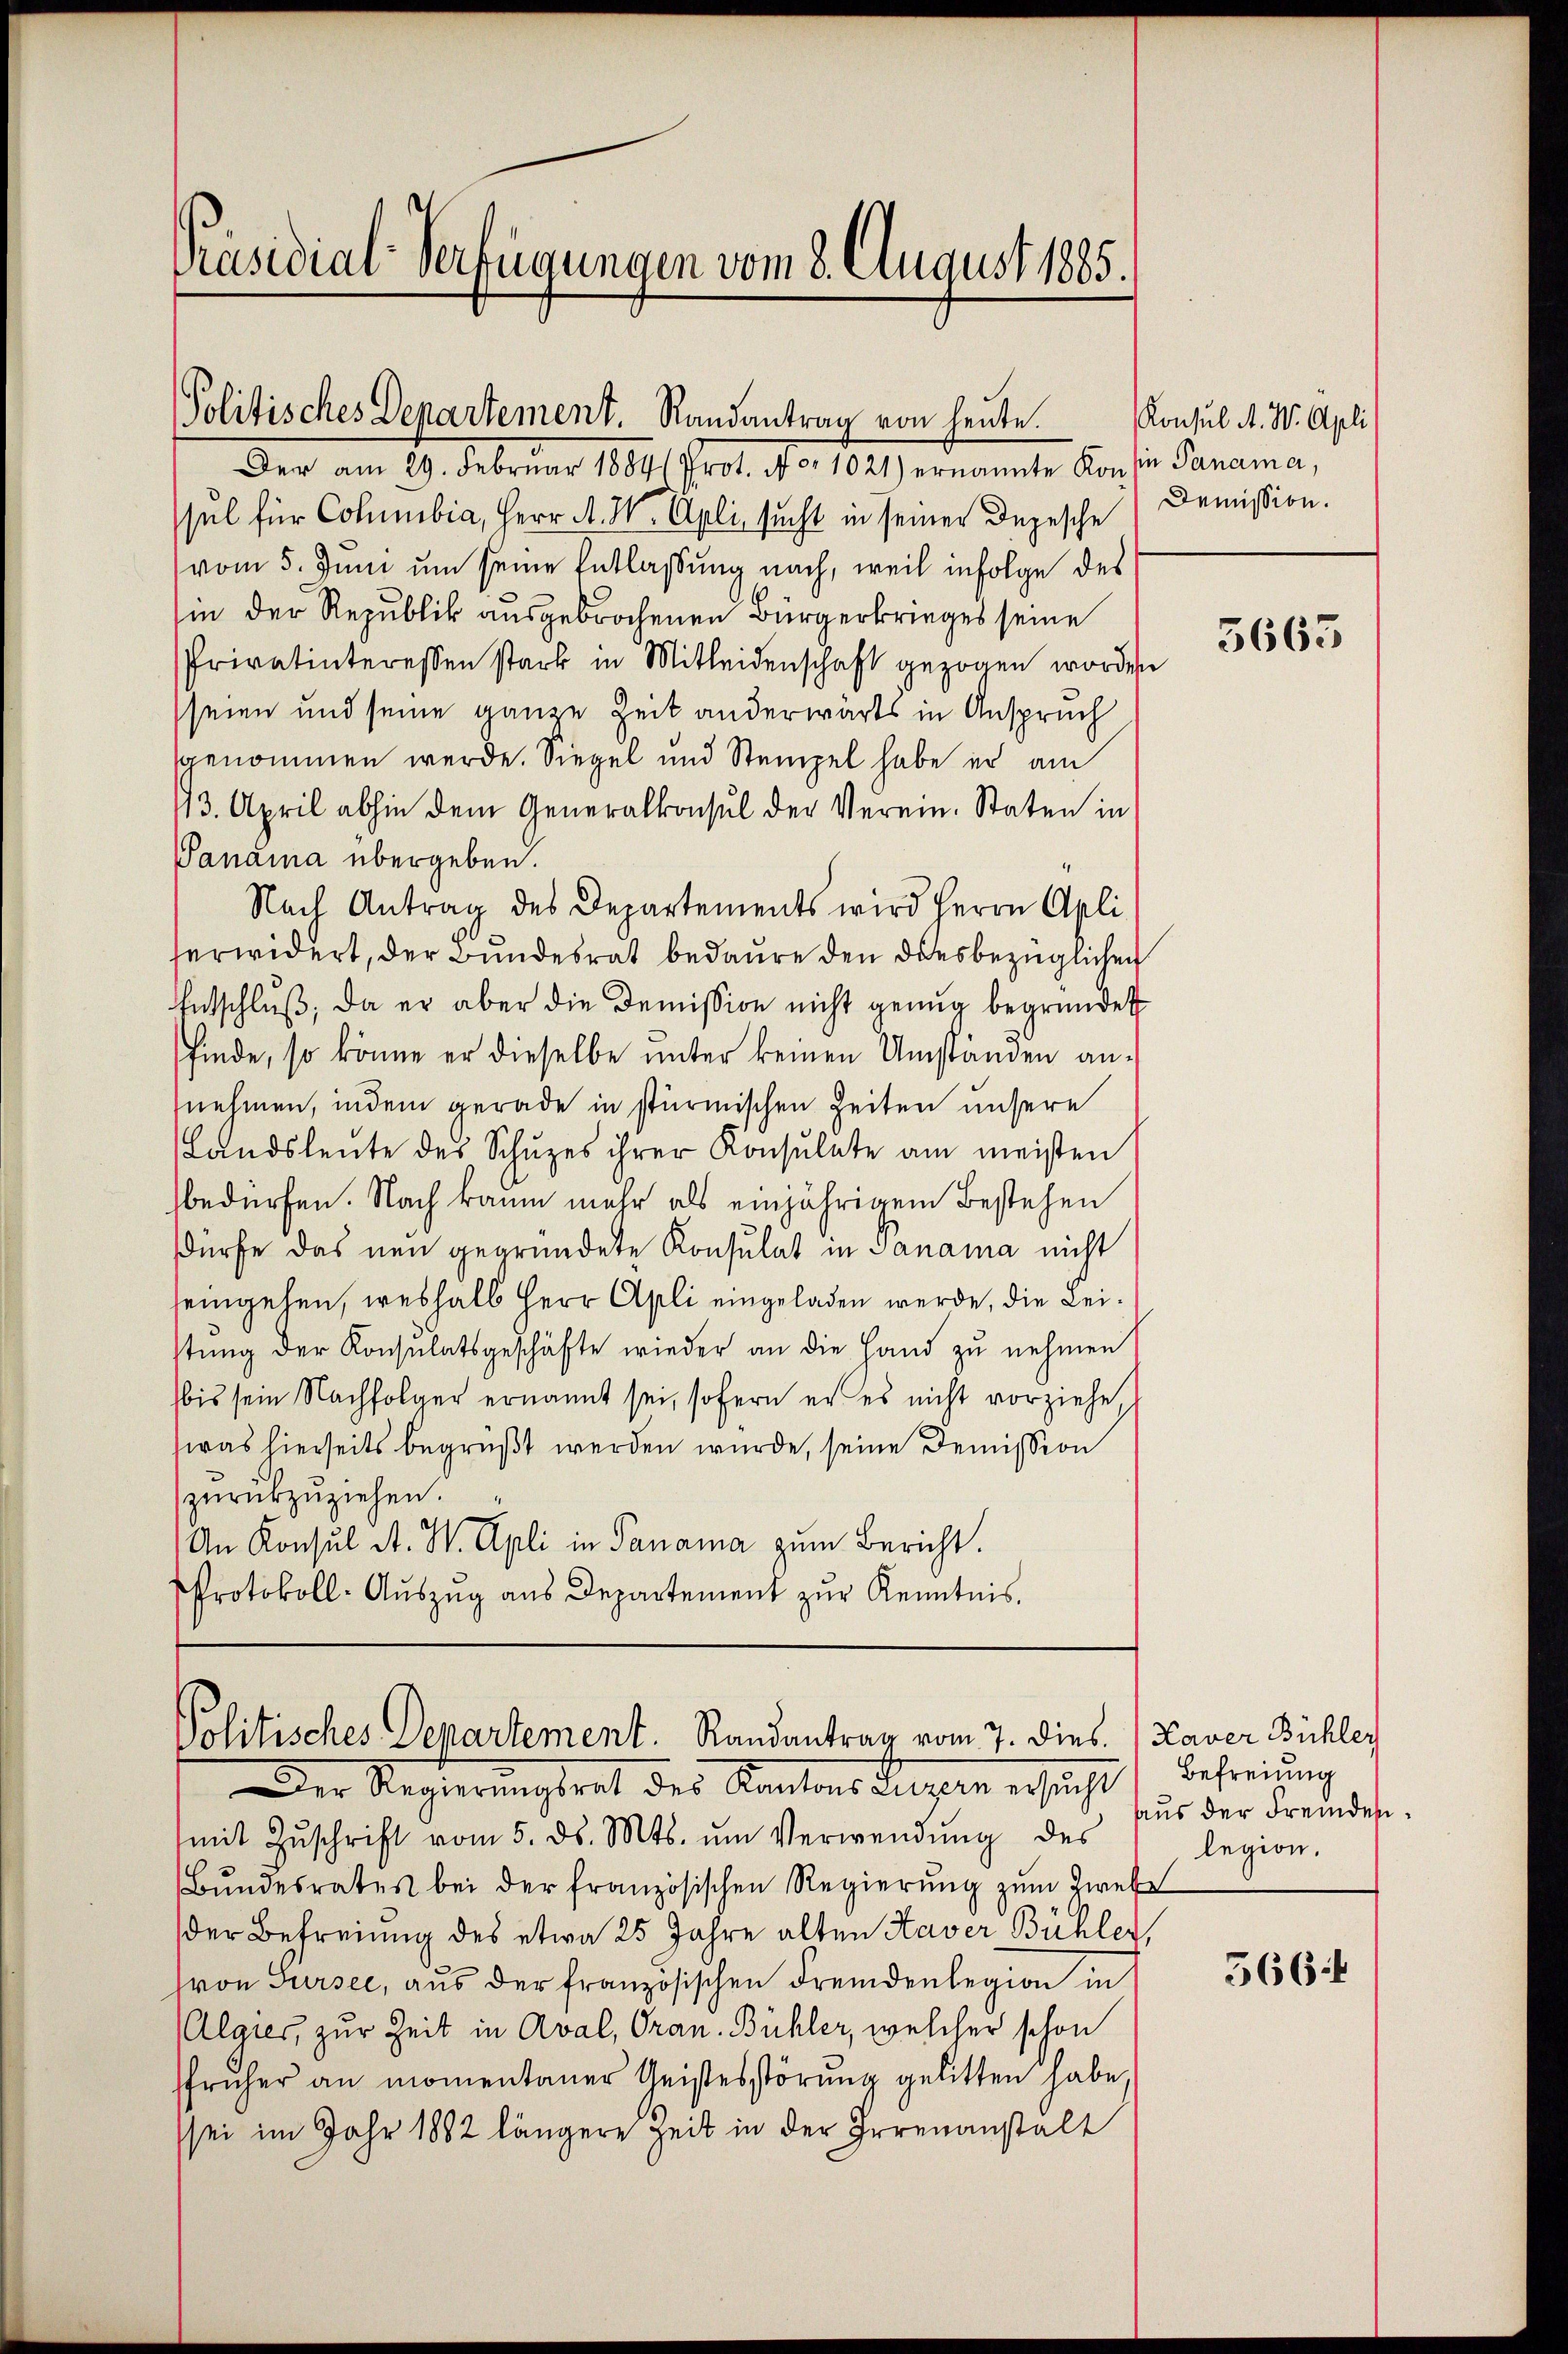
Präsidial-Verfügungen vom 8. August 1885.

Der am 29. Februar 1884 (Prot. No 1021) ernannte Konsen Panama,
sul für Columbia, Herr A. W. Apli sucht in seiner Depesche Demission.
vom 5. Juni um seine Entlaßung nach, weil infolge des
in der Republik ausgebrochenen Bürgerkrieges seine
Privatinteressen stark in Mitleidenschaft gezogen worden
seien und seine ganze Zeit anderwärts in Anspruch
genommen werde. Siegel und Stempel habe er am
13. April abhin dem Generalkonsul der Verein. Staten in
Panama übergeben.
Nach Antrag des Departements wird Herrn Apli
serwidert, der Bundesrat bedaure den diesbezüglichen
Entschluß, da er aber die Demission nicht genug begründet
finde, so könne er dieselbe unter keinen Umständen annehmen, indem gerade in stürmischen Zeiten unsere
Landsleute des Schuzes ihrer Konsulate am meisten
bedürfen. Nach kaum mehr als einjährigem Bestehen
dürfe das neu gegründete Konsulat in Panama nicht
seingehen, weshalb Herr Apli eingeladen werde, die Leistŭng der Konsulatsgeschäfte wieder an die Hand zŭ nehmen
bis sein Nachfolger ernannt sei, sofern er es nicht vorziehe
was hierseits begrüßt werden wurde, seine Demission
zurückzuziehen.
(An Konsul A. W. Apli in Panama zum Bericht.
Protokoll-Auszug aus Departement zur Kenntnis.

Politisches Departement. Randantrag von heute. Konsul A. W. Apli

Politisches Departement. Randantrag vom 7. dies

Der Rechterungsrat des Kantons Lungen ersucht) Befreiung
mit Zŭschrift vom 5. ds. Mts. ŭm Verwendung des
Bŭndesrates bei der französischen Regierŭng zŭm Zweif
der Befreiung des etwa 25 Jahre alten Haver Bühler,
ron Sursee, aŭs der französischen Fremdenlegion in
laier, zur Zeit in Aval, Oran. Bühler, welcher schon
früher an momentaner Geistesstörung gelitten habe,
sei im Jahr 1882 längere Zeit in der Irrenanstalt

3665

Kaver Bühler
aus der Freindeslegion.

5664